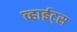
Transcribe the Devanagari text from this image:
व्हाईट्स